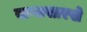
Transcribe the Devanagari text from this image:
बाणासारखे